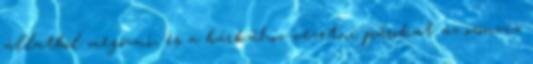
állatból megóvni, és a bárkához vezetni párokat az özönvíz